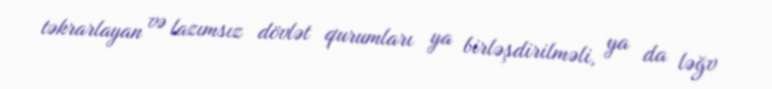
təkrarlayan və lazımsız dövlət qurumları ya birləşdirilməli, ya da ləğv